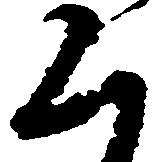
く